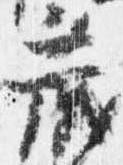
蔵